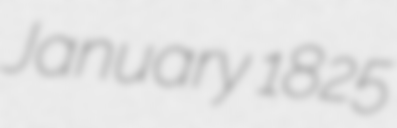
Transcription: January 1825